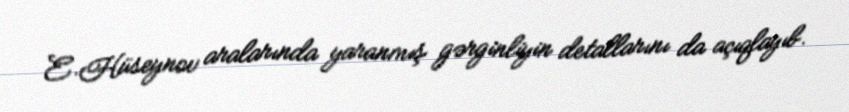
E.Hüseynov aralarında yaranmış gərginliyin detallarını da açıqlayıb.